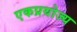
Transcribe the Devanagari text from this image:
एकप्रयोज्य